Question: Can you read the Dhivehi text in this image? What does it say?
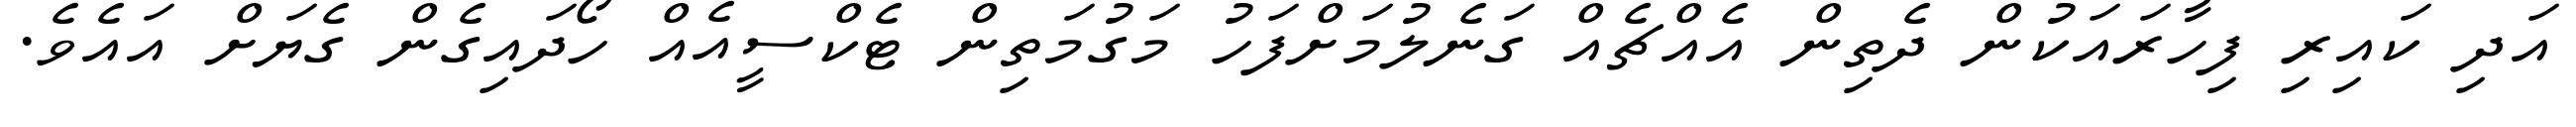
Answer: އަދި ކައިރި ފިހާރައަކުން ދެތިން އެއްޗެއް ގަނެލުމަށްފަހު މަގުމަތިން ޓެކްސީއެއް ހޯދައިގެން ގެޔަށް އައެވެ.